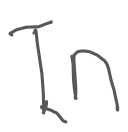
Text: In
Cross-out: clean
Writing tool: digital_gray